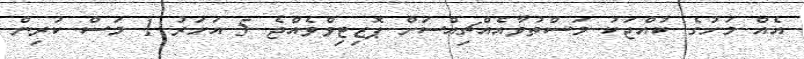
އެއް މަހުގެ ކުއްޖަކު މަސްތުވާއެއްޗިއްސަށް ޕޮޒިޓިވްވެއްޖެ 5 އަހަރު 1 މަސް ކުރިން